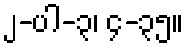
၂-ပါ-၃၊ ၄-၃၅။